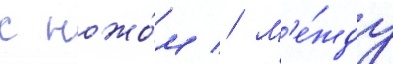
с ножо́м // М'е́жду